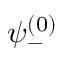
\psi _ { - } ^ { ( 0 ) }